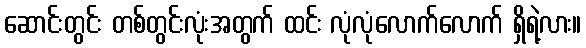
ဆောင်းတွင်း တစ်တွင်းလုံးအတွက် ထင်း လုံလုံလောက်လောက် ရှိရဲ့လား။